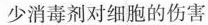
少消毒剂对细胞的伤害